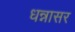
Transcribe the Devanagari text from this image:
धन्नासर